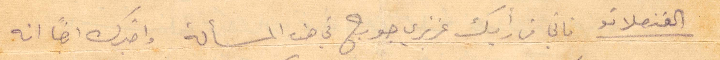
القنصلاتو فاني من رأيك عزيزي جورج في هذه المسألة واخبرك ايضًا انه